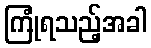
ကြုံရသည့်အခါ